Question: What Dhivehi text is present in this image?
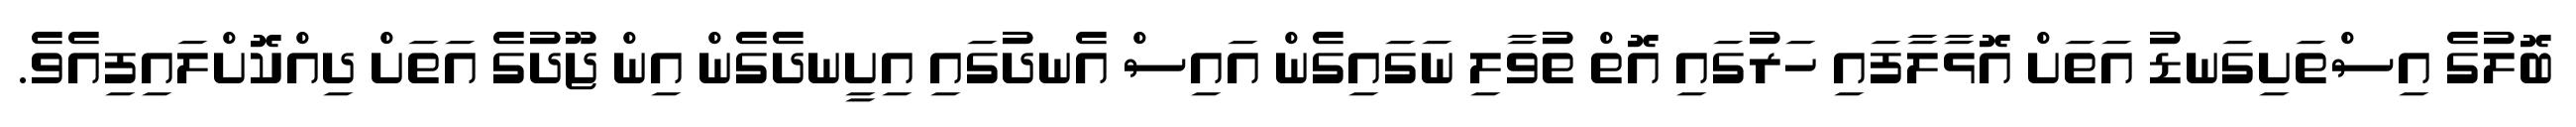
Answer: ބޮލުގެ އިސްތަށިގަނޑު އަތަށް އޮޅާލާފައި ހަރުގައި އޮތް ތުވާލި ނަގައިގެން އައިސް އެނދުގައި އިށީނދެގެން އިން ޖޫދުގެ އަތަށް ދިއްކޮށްލައިފިއެވެ.